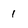
Character: 1